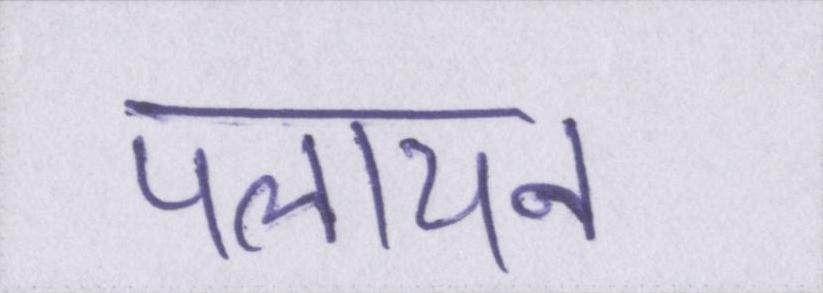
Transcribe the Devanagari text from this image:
पलायन